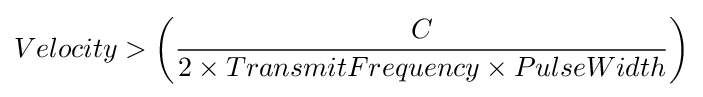
Velocity>\left({\frac {C}{2\times TransmitFrequency\times PulseWidth}}\right)